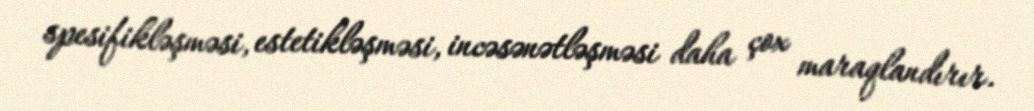
spesifikləşməsi, estetikləşməsi, incəsənətləşməsi daha çox maraqlandırır.